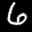
Label: 6